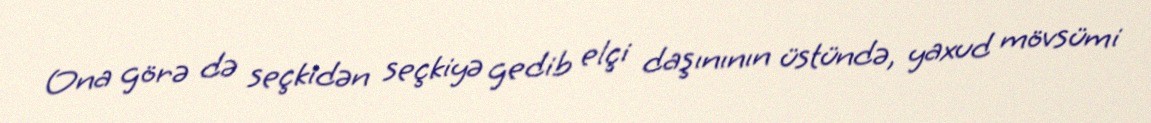
Ona görə də seçkidən seçkiyə gedib elçi daşınının üstündə, yaxud mövsümi